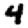
Digit: 4